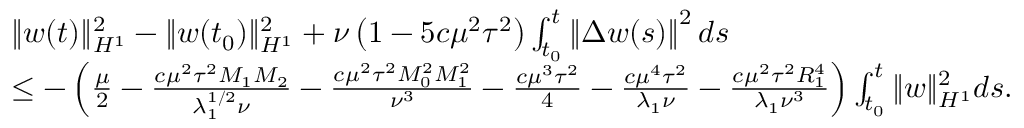
\begin{array} { r l } & { \| w ( t ) \| _ { H ^ { 1 } } ^ { 2 } - \| w ( t _ { 0 } ) \| _ { H ^ { 1 } } ^ { 2 } + \nu \left( 1 - 5 c \mu ^ { 2 } \tau ^ { 2 } \right) \int _ { t _ { 0 } } ^ { t } \left\| \Delta w ( s ) \right\| ^ { 2 } d s } \\ & { \leq - \left( \frac { \mu } { 2 } - \frac { c \mu ^ { 2 } \tau ^ { 2 } M _ { 1 } M _ { 2 } } { \lambda _ { 1 } ^ { 1 / 2 } \nu } - \frac { c \mu ^ { 2 } \tau ^ { 2 } M _ { 0 } ^ { 2 } M _ { 1 } ^ { 2 } } { \nu ^ { 3 } } - \frac { c \mu ^ { 3 } \tau ^ { 2 } } { 4 } - \frac { c \mu ^ { 4 } \tau ^ { 2 } } { \lambda _ { 1 } \nu } - \frac { c \mu ^ { 2 } \tau ^ { 2 } R _ { 1 } ^ { 4 } } { \lambda _ { 1 } \nu ^ { 3 } } \right) \int _ { t _ { 0 } } ^ { t } \| w \| _ { H ^ { 1 } } ^ { 2 } d s . } \end{array}